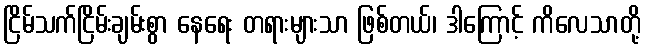
ငြိမ်သက်ငြိမ်းချမ်းစွာ နေရေး တရားများသာ ဖြစ်တယ်၊ ဒါကြောင့် ကိလေသာတို့